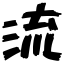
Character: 流